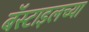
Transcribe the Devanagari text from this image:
बॅस्टाइलच्या